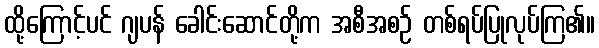
ထို့ကြောင့်ပင် ဂျပန် ခေါင်းဆောင်တို့က အစီအစဉ် တစ်ရပ်ပြုလုပ်ကြ၏။